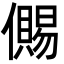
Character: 儩